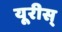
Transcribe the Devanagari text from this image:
यूरीस्